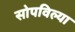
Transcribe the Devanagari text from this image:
सोपविल्या